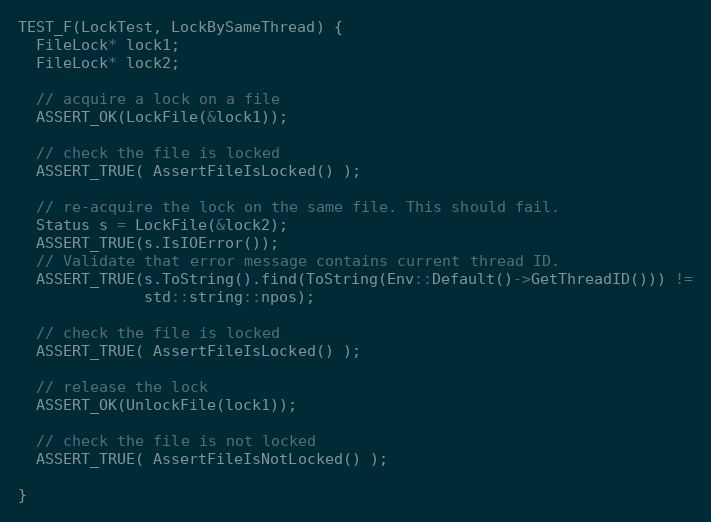
Language: C++
TEST_F(LockTest, LockBySameThread) {
  FileLock* lock1;
  FileLock* lock2;

  // acquire a lock on a file
  ASSERT_OK(LockFile(&lock1));

  // check the file is locked
  ASSERT_TRUE( AssertFileIsLocked() );

  // re-acquire the lock on the same file. This should fail.
  Status s = LockFile(&lock2);
  ASSERT_TRUE(s.IsIOError());
  // Validate that error message contains current thread ID.
  ASSERT_TRUE(s.ToString().find(ToString(Env::Default()->GetThreadID())) !=
              std::string::npos);

  // check the file is locked
  ASSERT_TRUE( AssertFileIsLocked() );

  // release the lock
  ASSERT_OK(UnlockFile(lock1));

  // check the file is not locked
  ASSERT_TRUE( AssertFileIsNotLocked() );

}